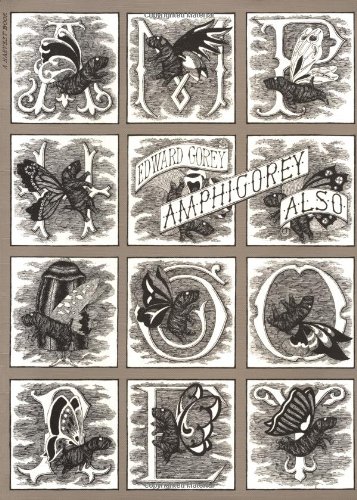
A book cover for Amphigorey Also; Edward Gorey; Comics & Graphic Novels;